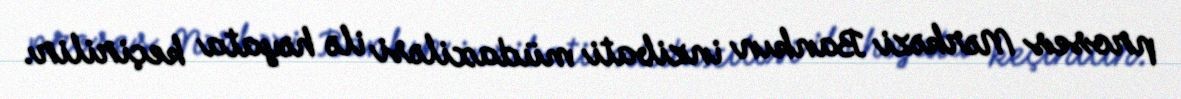
proses Mərkəzi Bankın inzibati müdaxiləsi ilə həyata keçirilir.